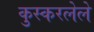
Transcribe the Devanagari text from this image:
कुस्करलेले